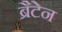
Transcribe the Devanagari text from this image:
ब्रैटेन